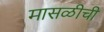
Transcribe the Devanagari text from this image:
मासळीची